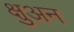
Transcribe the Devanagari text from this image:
क्षुअन